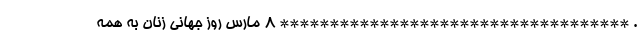
. *********************************** 8 مارس روز جهانی زنان به همه